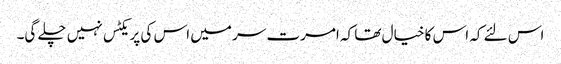
اس لئے کہ اس کا خیال تھا کہ امرت سر میں اس کی پریکٹس نہیں چلے گی۔